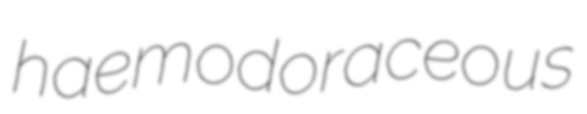
haemodoraceous